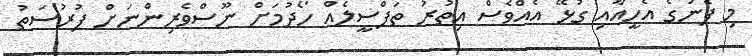
މި ފެނުގެ އެހީއާއި ގުޅޭ އެއްވެސް އިތުރު ތަފްސީލެއް ހޯދުމަށް ނޫސްވެރިންނަށް ފުރުސަތު